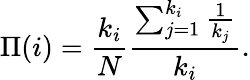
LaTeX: \Pi(i)={\frac{k_{i}}{N}}{\frac{\sum_{j=1}^{k_{i}}{\frac{1}{k_{j}}}}{k_{i}}}.